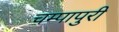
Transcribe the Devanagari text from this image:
चम्‍पापुरी